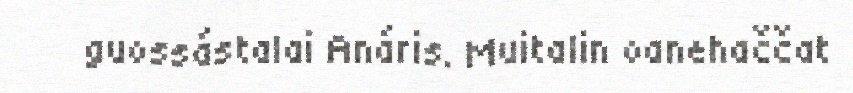
guossástalai Anáris. Muitalin oanehaččat